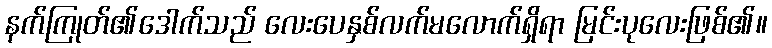
နက်ကြုတ်၏ဒေါက်သည် လေးပေနှစ်လက်မလောက်ရှိရာ မြင်းပုလေးဖြစ်၏။